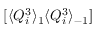
[ \langle Q _ { i } ^ { 3 } \rangle _ { 1 } \langle Q _ { i } ^ { 3 } \rangle _ { - 1 } ]